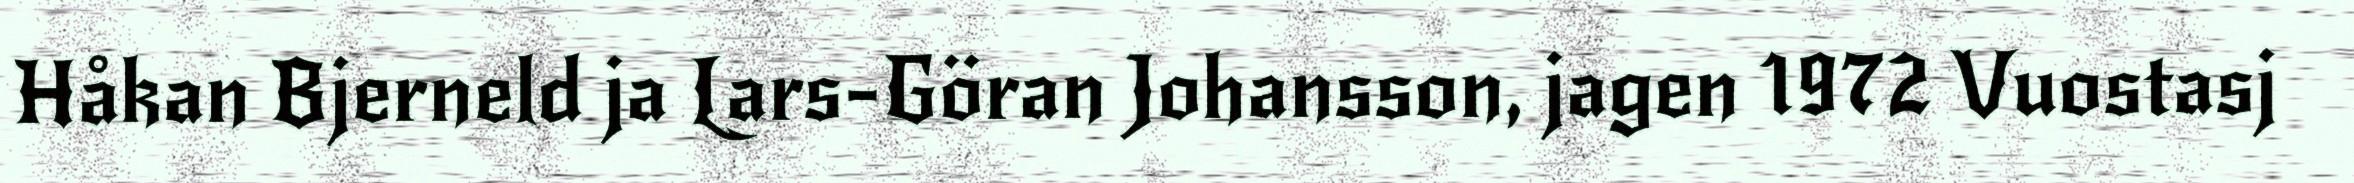
Håkan Bjerneld ja Lars-Göran Johansson, jagen 1972 Vuostasj